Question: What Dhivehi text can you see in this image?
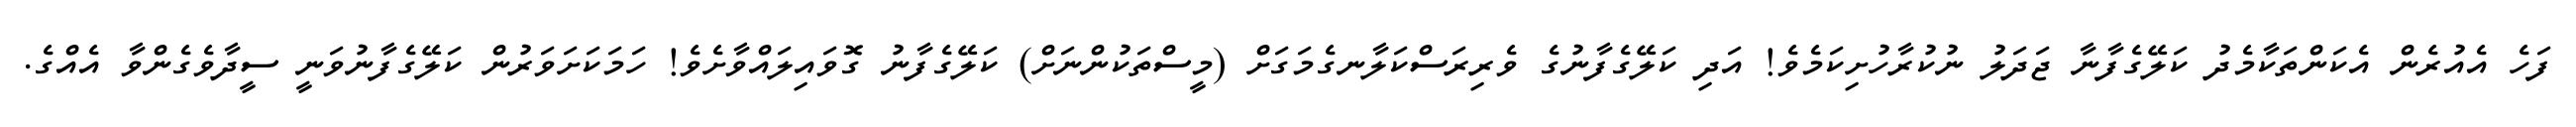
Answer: ފަހެ އެއުރެން އެކަންތަކާމެދު ކަލޭގެފާނާ ޖަދަލު ނުކުރާހުށިކަމެވެ! އަދި ކަލޭގެފާނުގެ ވެރިރަސްކަލާނގެމަގަށް (މީސްތަކުންނަށް) ކަލޭގެފާނު ގޮވައިލައްވާށެވެ! ހަމަކަށަވަރުން ކަލޭގެފާނުވަނީ ސީދާވެގެންވާ އެއްގެ.